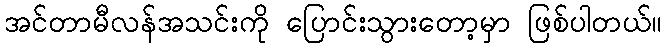
အင်တာမီလန်အသင်းကို ပြောင်းသွားတော့မှာ ဖြစ်ပါတယ်။